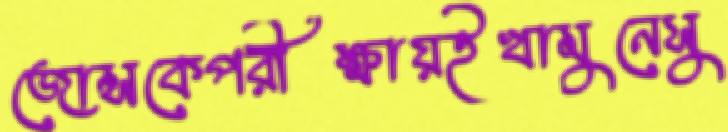
জোন্সকেপরীক্ষায়ইখামুনেসু